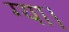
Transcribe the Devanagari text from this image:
ग्या।